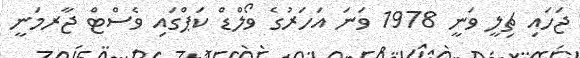
ޖަހައި ޗިލީ ވަނީ 1978 ވަނަ އަހަރުގެ ވޯލްޑް ކަޕްގައި ވެސްޓް ޖާރމަނީ